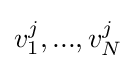
v_{1}^{j},...,v_{N}^{j}